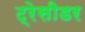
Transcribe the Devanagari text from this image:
ट्रेसीडर